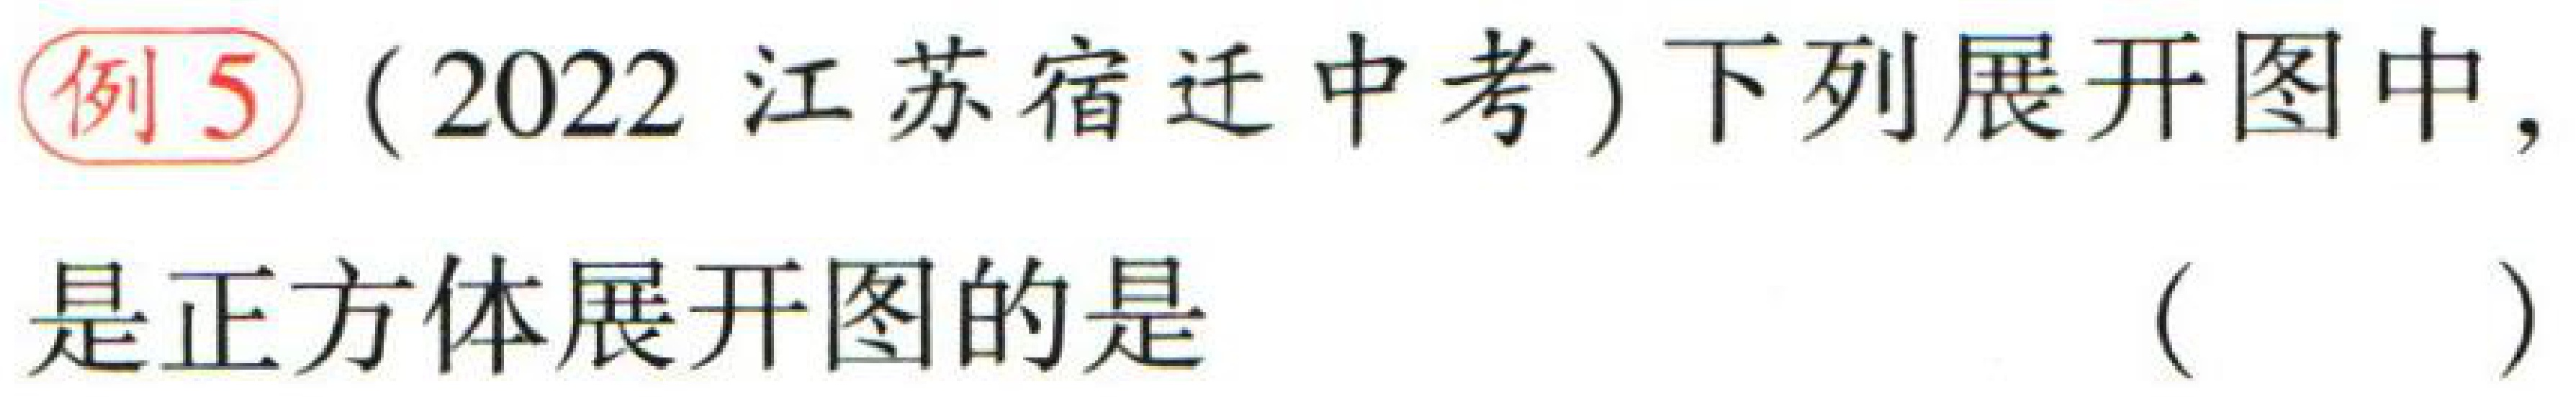
例5（2022 江苏宿迁中考）下列展开图中，是正方体展开图的是（  ）